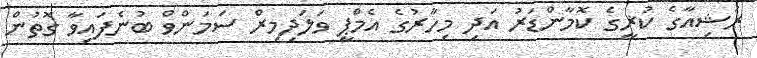
ރަޝިއާގެ ކުޜީގެ ކޮމާންޑަރު އަދި މިހާރުގެ އެމްޕީ ވަލަދިމިރް ސަމަންވް ބުނެފައިވާ ގޮތުން